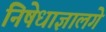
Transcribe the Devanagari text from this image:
निषेधाज्ञालगे